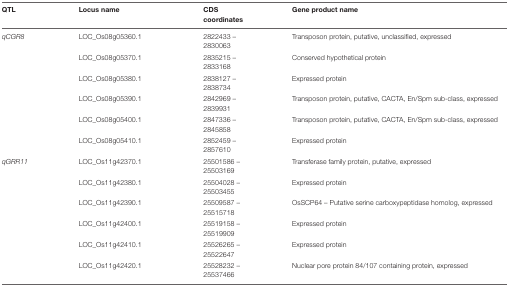
<table><thead><tr><td><b>QTL</b></td><td><b>Locus name</b></td><td><b>CDS coordinates</b></td><td><b>Gene product name</b></td></tr></thead><tbody><tr><td><i>qCGR8</i></td><td>LOC_Os08g05360.1</td><td>2822433 – 2830063</td><td>Transposon protein, putative, unclassified, expressed</td></tr><tr><td></td><td>LOC_Os08g05370.1</td><td>2835215 – 2833168</td><td>Conserved hypothetical protein</td></tr><tr><td></td><td>LOC_Os08g05380.1</td><td>2838127 – 2838734</td><td>Expressed protein</td></tr><tr><td></td><td>LOC_Os08g05390.1</td><td>2842969 – 2839931</td><td>Transposon protein, putative, CACTA, En/Spm sub-class, expressed</td></tr><tr><td></td><td>LOC_Os08g05400.1</td><td>2847336 – 2845858</td><td>Transposon protein, putative, CACTA, En/Spm sub-class, expressed</td></tr><tr><td></td><td>LOC_Os08g05410.1</td><td>2852459 – 2857610</td><td>Expressed protein</td></tr><tr><td><i>qGRR11</i></td><td>LOC_Os11g42370.1</td><td>25501586 – 25503169</td><td>Transferase family protein, putative, expressed</td></tr><tr><td></td><td>LOC_Os11g42380.1</td><td>25504028 – 25503455</td><td>Expressed protein</td></tr><tr><td></td><td>LOC_Os11g42390.1</td><td>25509587 – 25515718</td><td>OsSCP64 – Putative serine carboxypeptidase homolog, expressed</td></tr><tr><td></td><td>LOC_Os11g42400.1</td><td>25519158 – 25519909</td><td>Expressed protein</td></tr><tr><td></td><td>LOC_Os11g42410.1</td><td>25526265 – 25522647</td><td>Expressed protein</td></tr><tr><td></td><td>LOC_Os11g42420.1</td><td>25528232 – 25537466</td><td>Nuclear pore protein 84/107 containing protein, expressed</td></tr></tbody></table>